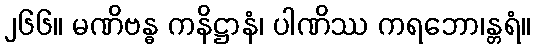
၂၆၆။ မဏိဗန္ဓ ကနိဋ္ဌာနံ၊ ပါဏိဿ ကရဘော၊န္တရံ။